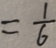
= \frac { 1 } { 6 }